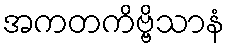
အကတကိဗ္ဗိသာနံ